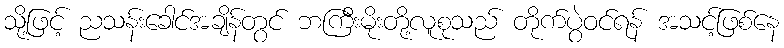
သို့ဖြင့် ညသန်းခေါင်အချိန်တွင် ဘကြီးမိုးတို့လူစုသည် တိုက်ပွဲဝင်ရန် အသင့်ဖြစ်နေ